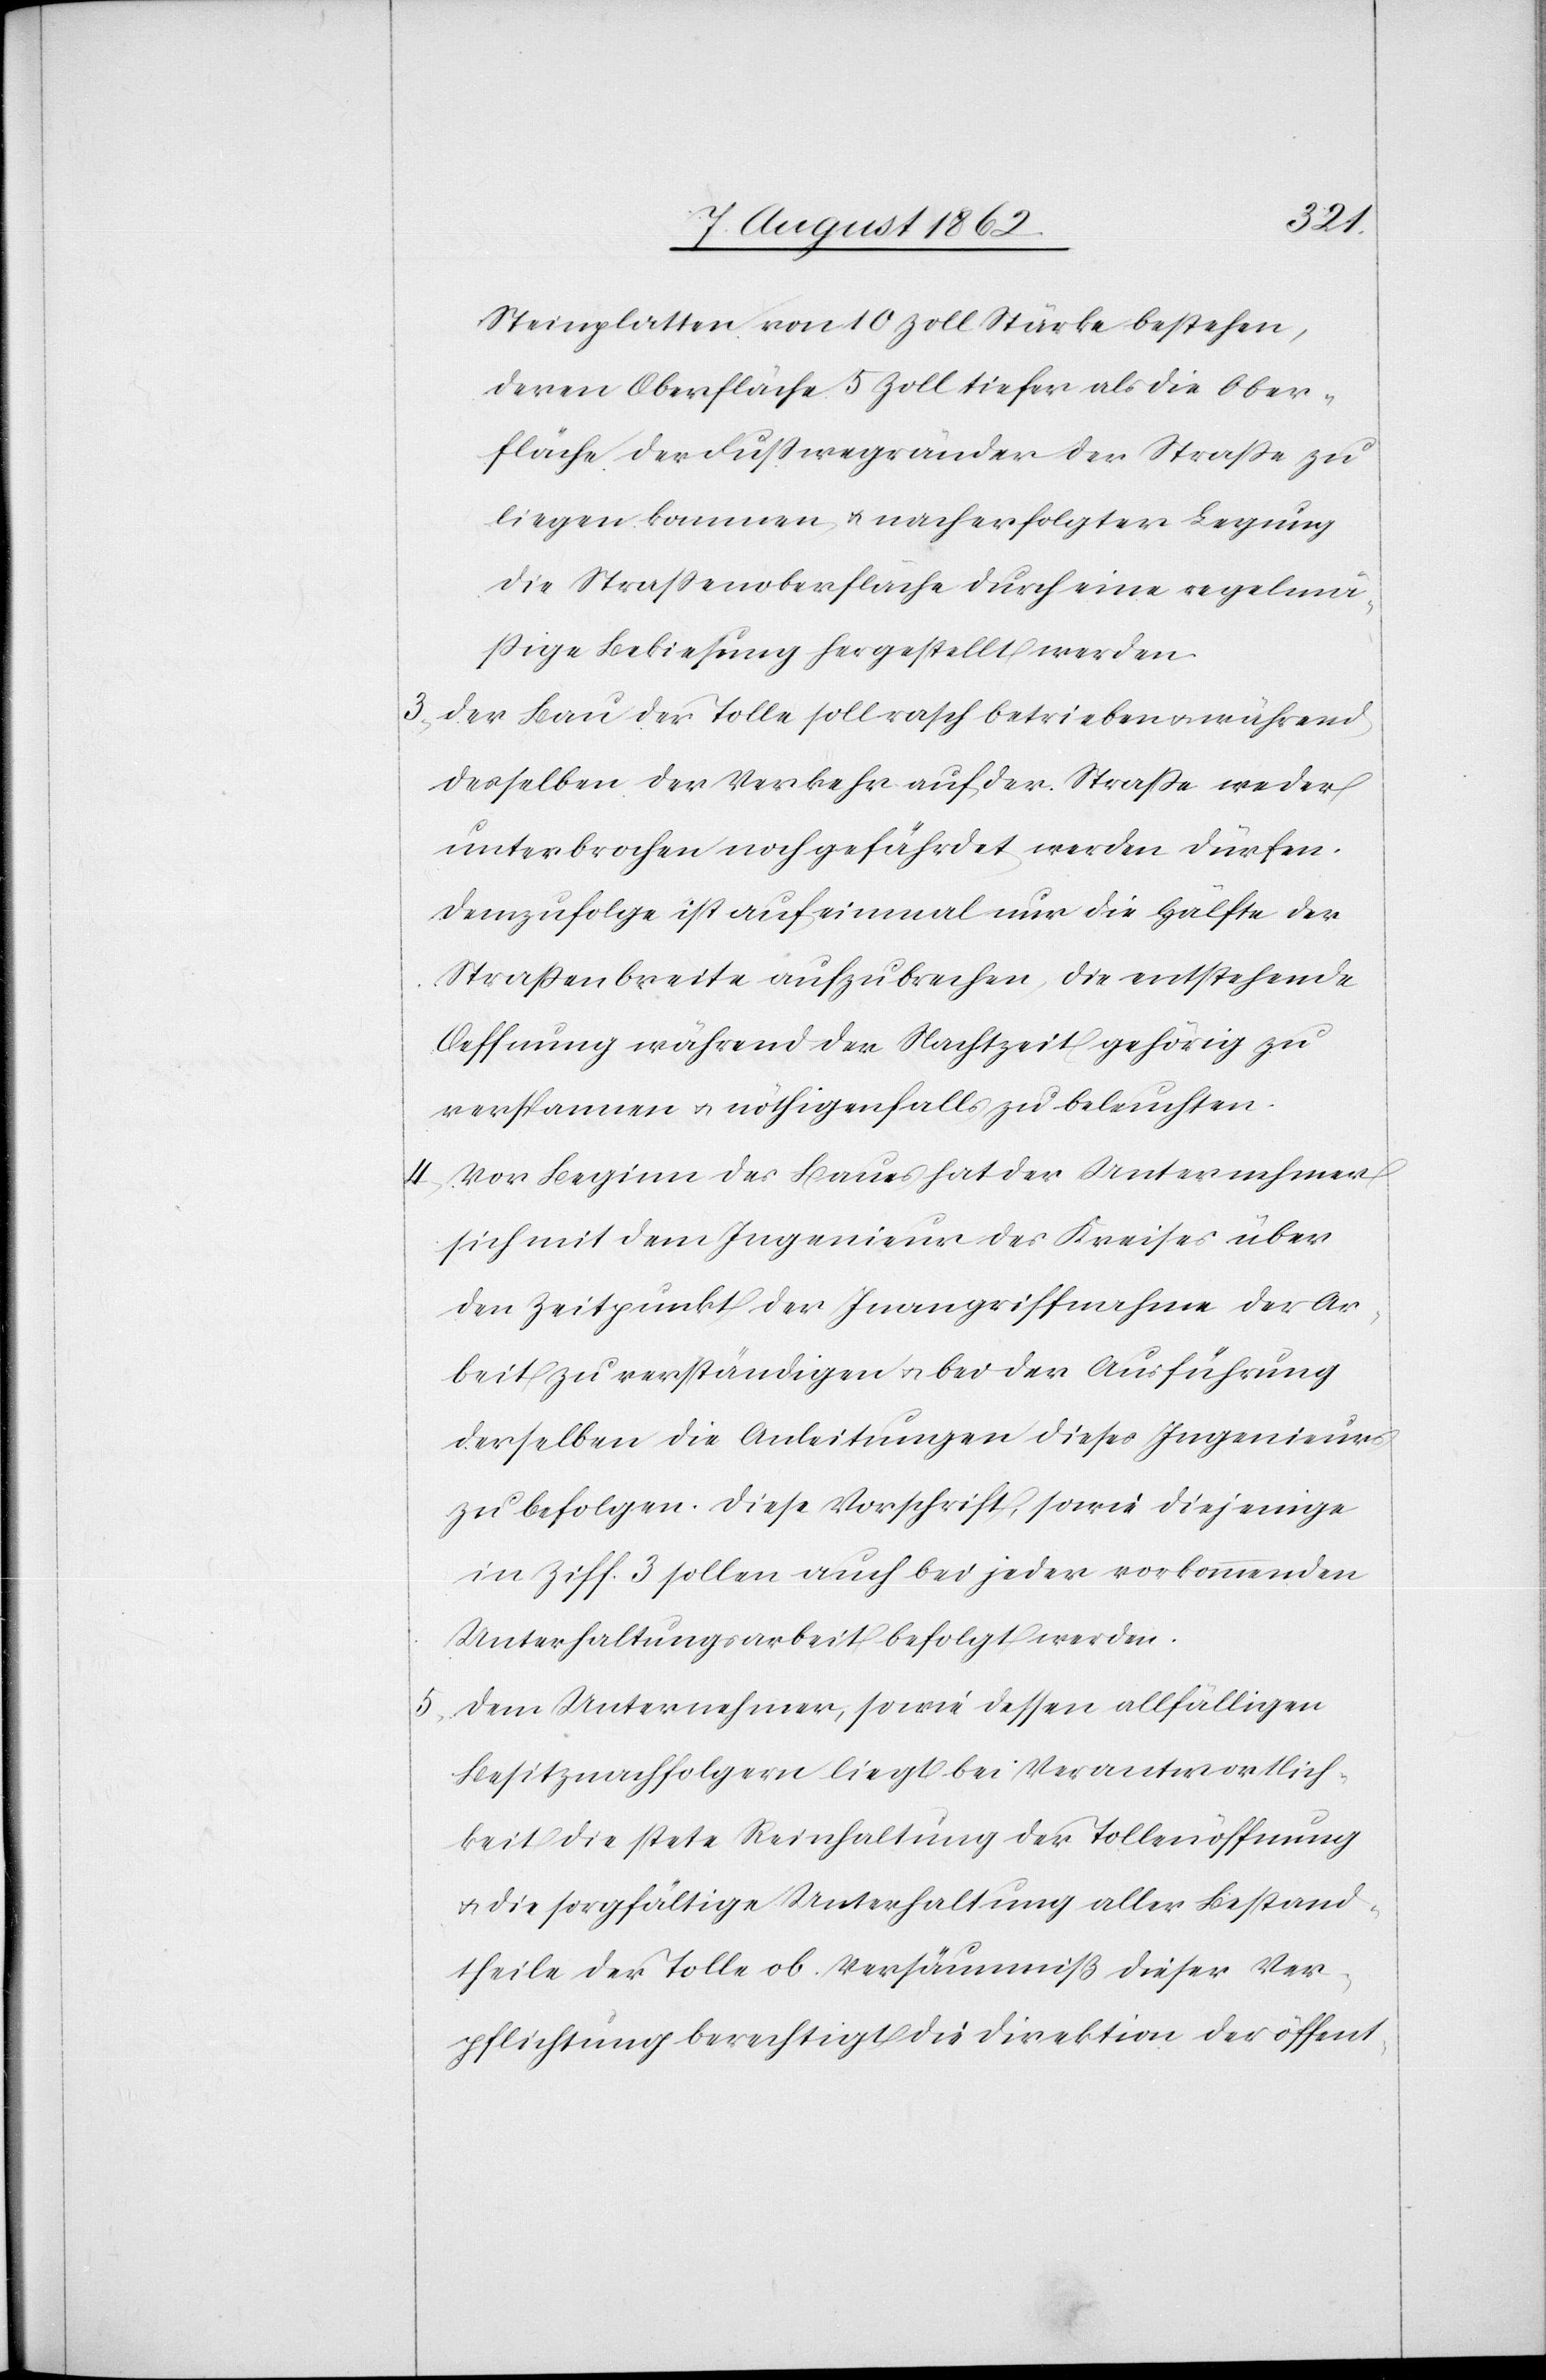
Steinplatten von 10 Zoll bestehen,
deren Oberfläche 5 Zoll tiefer als die Ober¬
fläche der Fußwegränder der Straße zu
liegen kommen u. nach erfolgter Legung
die Straßenoberfläche durch eine regelmä¬
ßige Bekiesung hergestellt werden.
3. Der Bau der Tolle soll rasch betrieben u. während
desselben der Verkehr auf der Straße weder
unterbrochen noch gefährdet werden dürfen.
Demzufolge ist auf einmal nur die Hälfte der
Straßenbreite aufzubrechen, die entstehende
Oeffnung während der Nachtzeit gehörig zu
verspannen u. nöthigenfalls zu beleuchten.
4. Vor Beginn des Baues hat der Unternehmer
sich mit dem Ingenieur des Kreises über
den Zeitpunkt der Inangriffnahme der Ar¬
beit zu verständigen u. bei der Ausführung
derselben die Anleitungen dieses Ingenieurs
zu befolgen. Diese Vorschrift, sowie diejenige
in Ziff 3 sollen auch bei jeder vorkommenden
Unterhaltungsarbeit befolgt werden.
5. Dem Unternehmer, sowie dessen allfälligen
Besitznachfolgern liegt bei Verantwortlich¬
keit die stete Reinhaltung der Tollenöffnung
u. die sorgfältige Unterhaltung aller Bestand¬
theile der Tolle ob. Versäumniß dieser Ver¬
pflichtung berechtigt die Direktion der öffent-